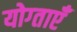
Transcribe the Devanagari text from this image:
योग्ताएँ